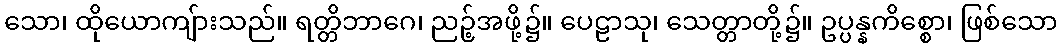
သော၊ ထိုယောကျ်ားသည်။ ရတ္တိဘာဂေ၊ ညဉ့်အဖို့၌။ ပေဠာသု၊ သေတ္တာတို့၌။ ဥပ္ပန္နကိစ္စော၊ ဖြစ်သော